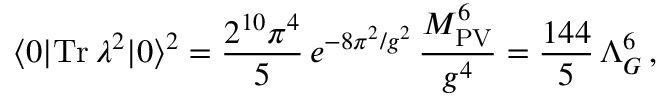
\langle 0 | \mathrm { T r } \, \lambda ^ { 2 } | 0 \rangle ^ { 2 } = \frac { 2 ^ { 1 0 } \pi ^ { 4 } } { 5 } \, e ^ { - 8 \pi ^ { 2 } / g ^ { 2 } } \, \frac { M _ { \mathrm { P V } } ^ { 6 } } { g ^ { 4 } } = \frac { 1 4 4 } { 5 } \, \Lambda _ { G } ^ { 6 } \, ,